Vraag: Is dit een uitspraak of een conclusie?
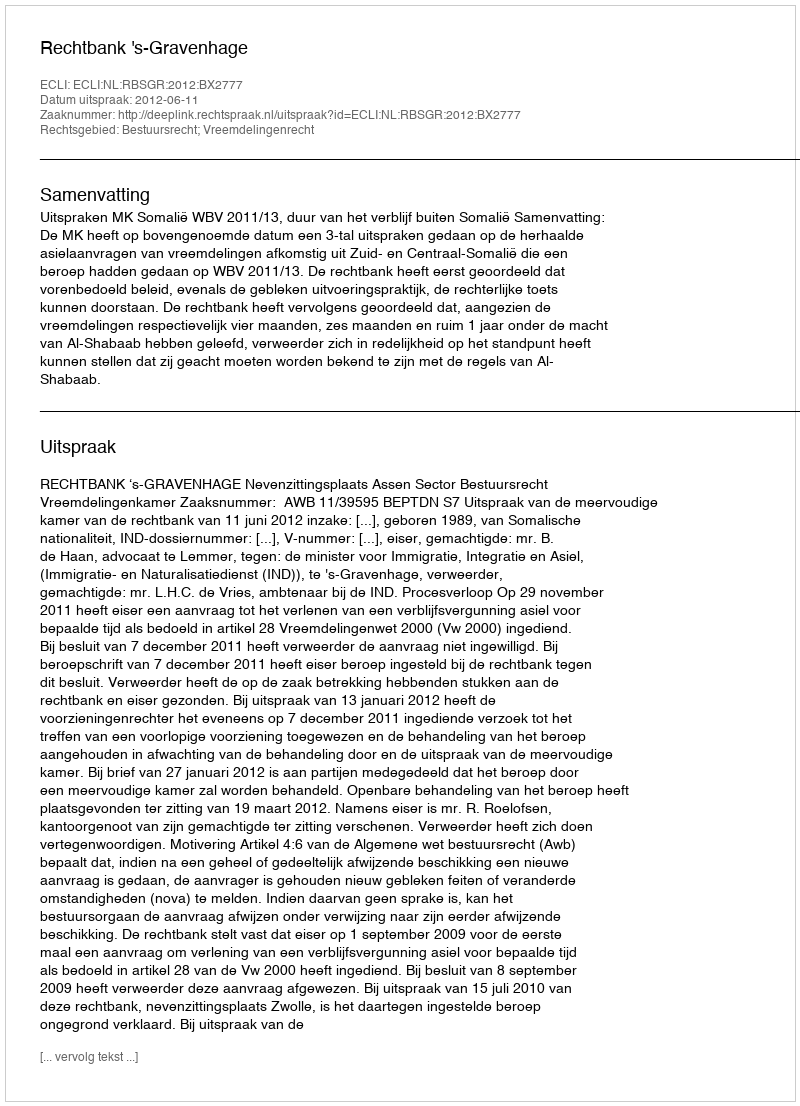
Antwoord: Uitspraak